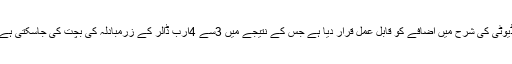
ٹاپ لائن نے فوڈ، پٹرولیم، مشینری کے علاوہ دیگر درآمدی مصنوعات پر ڈیوٹی کی شرح میں اضافے کو قابل عمل قرار دیا ہے جس کے نتیجے میں 3سے 4ارب ڈالر کے زرمبادلہ کی بچت کی جاسکتی ہے کیونکہ فوڈ، پٹرولیم اور مشینری گروپ مجموعی درآمدات کا 50فیصد ہے۔